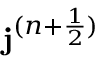
\mathbf { j } ^ { ( n + \frac { 1 } { 2 } ) }